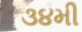
૩૪મી